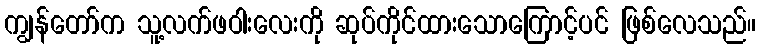
ကျွန်တော်က သူ့လက်ဖဝါးလေးကို ဆုပ်ကိုင်ထားသောကြောင့်ပင် ဖြစ်လေသည်။